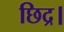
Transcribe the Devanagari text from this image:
छिद्र।